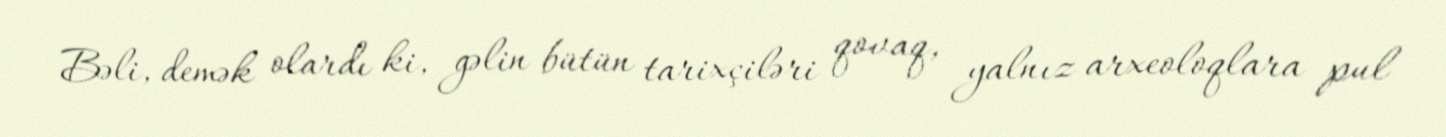
Bəli, demək olardı ki, gəlin bütün tarixçiləri qovaq, yalnız arxeoloqlara pul